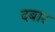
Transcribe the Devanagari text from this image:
दबार